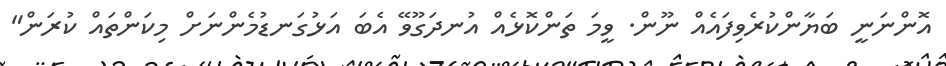
އޮންނަނީ ބަޔާންކުރެވިފައެއް ނޫން. ވީމަ ތަންކޮޅެއް އުނދަގޫވޭ އެބަ އަޅުގަނޑުމެންނަށް މިކަންތައް ކުރަން"